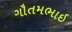
ગૌતમભાઇ